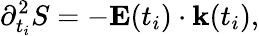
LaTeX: \partial_{t_{i}}^{2}S=-\mathbf{E}(t_{i})\cdot\mathbf{k}(t_{i}),